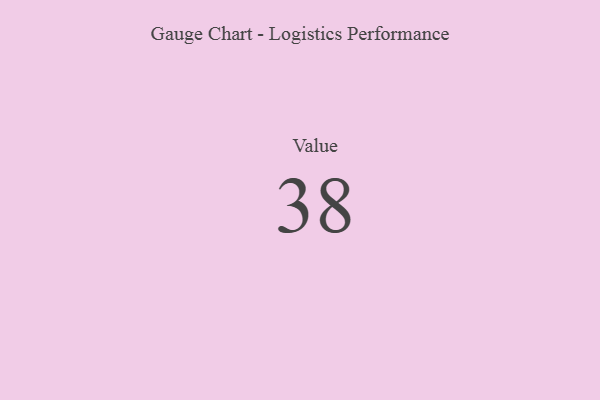
{"axis": {"x": "Metric", "y": "Value"}, "legend": [""], "data": [{"x": "Value", "y": 38, "type": ""}]}